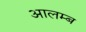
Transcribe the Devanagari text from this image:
आलम्ब